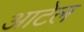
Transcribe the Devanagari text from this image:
आटेल